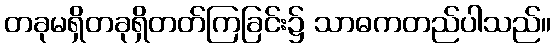
တခုမရှိတခုရှိတတ်ကြခြင်း၌ သာဓကတည်ပါသည်။